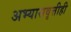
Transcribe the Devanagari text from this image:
अभ्यासवृत्तीही